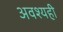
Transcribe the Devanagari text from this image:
अवश्यही